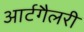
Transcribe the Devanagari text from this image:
आर्टगैलरी